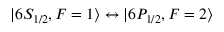
\lvert 6 S _ { 1 / 2 } , F = 1 \rangle \leftrightarrow \lvert 6 P _ { 1 / 2 } , F = 2 \rangle